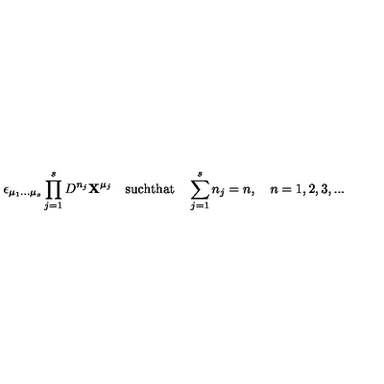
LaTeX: \epsilon _ { \mu _ { 1 } . . . \mu _ { s } } \prod _ { j = 1 } ^ { s } D ^ { n _ { j } } { \bf X } ^ { \mu _ { j } } \quad \mathrm { s u c h t h a t } \quad \sum _ { j = 1 } ^ { s } n _ { j } = n , \quad n = 1 , 2 , 3 , . . .